King Institute of Preventive Medicine Micro-Biological Section reports 1909-11
Year: 1909
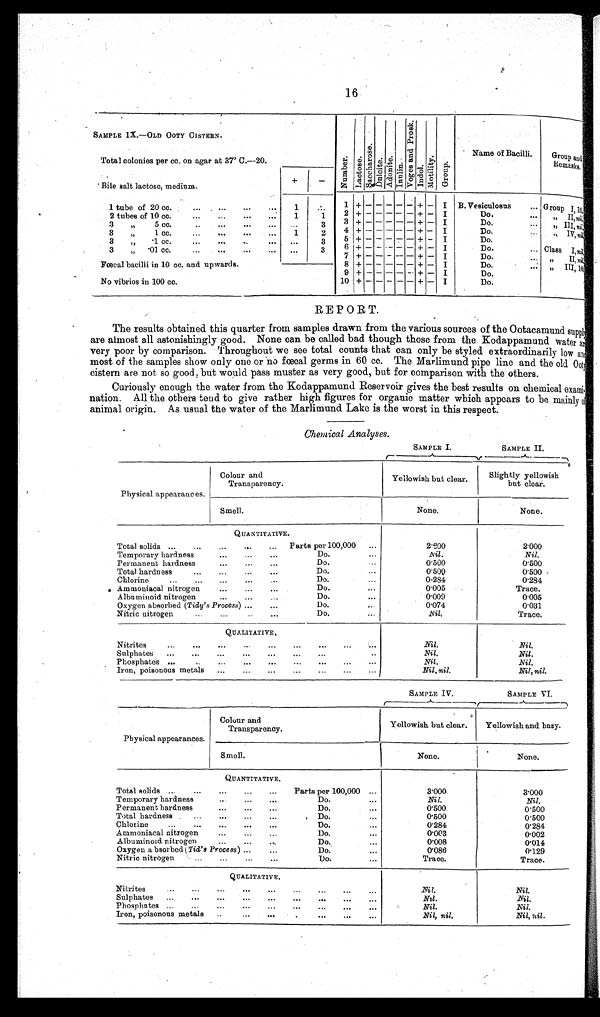
16
SAMPLE IX.—OLD OOTY CISTERN.
N u m b e r .
Lactose.
S a c c h a r o s e .
dal ci t e.
A d o n i t e .
I nal i n.
V o g e a n d p r o s k .
I n d o l .
Moti l i ty
Group.
Name of Bacilli.
G r o u p a n d R e m a s k s .
Total colonies per cc. on agar at 37° C.--20.
' Bile salt lactose, medium.
+ -
1 t u b e o f 2 0 c c .
... ...
... ...
1 ...
1 + - - - - -
+ - I
B . V e s i c u l o s u s . . .
G r o u p I , 1 0 .
2 t u b e o f 1 0 c c
.... ...
... ...
1 1
2 + - - - - -
+ - I
D o . . . . " I I , n i l .
3 " 5 c c .
... ...
... ...
. . .
3
3
+ - - - - -
+ - I
D o . . . .
" I I I , n i l l
3 " 1 c c .
... ...
... ...
1 2
4 + - - - - -
+ - I
D o . . . .
" I V , n i l l
3 " 1 c c .
... ...
... ...
. . .
3
5 + - - - - -
- - - -
+ - I
D o . . . .
C l a s s I , n i l
3 " . 0 1 c c .
... ...
... ...
. . .
3
6 + - - - - -
+ - I
D o . . . .
" I I , n i l
F œ c a l b a c i l l i i n 1 0 c c . a n d u p w a r d s .
7 + - - - - -
+ - I
D o . . . .
" I I I , 1 0
8 + - - - - -
+ - I
D o .
. . .
No vibrios in 100 cc.
10 + -- - - - + - I
Do.
9 + - - - - - - - -
-- -- -- --+ + - I
D o .
1 0
+ - - - - - - -
-- -- -- -- + - I
D o .
REPORT.
The results obtained this quarter from samples drawn from the various sources of the Ootacamund supply
are almost all astonishingly good. None can be called bad though those from the Kodappamund water are
very poor by comparison. Throughout we see total counts that can only be styled extraordinarily low
most of the samples show only one or no fœcal germs in 60 cc. The Marlimund pipe line and the old Ooty
cistern are not so good, but would pass muster as very good, but for comparison with the others.
Curiously enough the water from the Kodappamund Reservoir gives the best results on chemical exami.
n a t i o n . A l l t h e o t h e r s t e n d t o g i v e r a t h e r h i g h f i g u r e s f o r o r g a n i c m a t t e r w h i c h a p p e a r s t o b e m a i n l y o f
animal origin. As usual the water of the Marlimund Lake is the worst in this respect.
Chemical Analyses.
SAMPLE I.
SAMPLE II.
Physical appearances.
C o l o u r a n d T r a n s p a r e n c y .
Y e l l o w i s h b u t c l e a r
Slightly yellowish but clear.
Smell
S m e l l
N o n e
None
QUANTITATIVE.
•• •
...
...
• • •
• . •
•
QUALITATIVE.
Nitrites
...
...
...
...
...
...
...
...
Nil.
Nil.
Sulphates ...
...
...
...
...
...
...
Nil.
Nil.
Phosphates ...
..
...
...
...
...
...
...
Nil.
Nil.
Iron, poisonous metals ...
...
...
..,
...
...
...
Nil, nil.
Nil, nil.
,...—— -.A.-
— -A--
SAMPLE IV.
SAMPLE VI.
—, r------
----1
Physical appearances.
Colour and
Transparency.
•
Yellowish but clear.
Yellowish and hazy.
Smell.
None.
None.
QUANTITATIVE.
Total solids ...
...
...
...
...
Parts per 100,000 ...
3'000
3.000
Temporary hardness
..
...
...
Do.
...
Nil.
Nil.
Permanent hardness
...
...
...
Do.
0'500
0'500
Total hardness . ..,
...
...
...
, Do....
0'500
Chlorine
...
...
..,
...
...
Do.
...
0'284
0'284
Ammoniacal nitrogen
...
...
...
Do.
...
0'003
0'002
Albuminoid nitrogen
•••
•.•
•••
Do.
...
0'008
0'014
Oxygen absorbed (Till's Process) ...
...
Do.
...
0'086
0.129
Nitric nitrogen '
...
...
...
Do.
...
Trace.
Trace.
QUALITATIVE.
Nitrites
.•.
•••
•••
..•
•••
...
•••
•••
...
Nil.
Nil.
Sulphates ...
...
...
...
...
...
...
...
...
Nil.
Nit.
Phosphates ...
...
...
...
...
...
...
...
...
• : - ,
Nil.
Nil.
Iron, poisonous metals ..
Nil, nil.
Nil, nil.